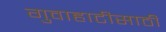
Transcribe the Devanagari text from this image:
गुवाहाटीसाठी